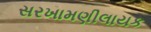
સરખામણીલાયક